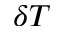
\delta T